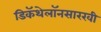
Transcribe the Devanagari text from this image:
डिकॅथेलॉनसारखी